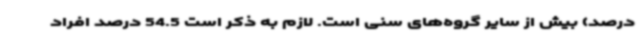
درصد) بیش از سایر گروه‌های سنی است. لازم به ذکر است 54.5 درصد افراد